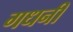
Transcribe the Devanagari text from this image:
गधनी